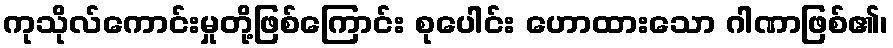
ကုသိုလ်ကောင်းမှုတို့ဖြစ်ကြောင်း စုပေါင်း ဟောထားသော ဂါဏာဖြစ်၏၊